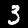
Label: 3